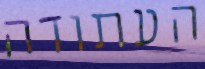
העתודה